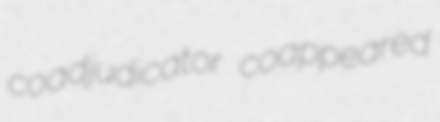
coadjudicator coappeared